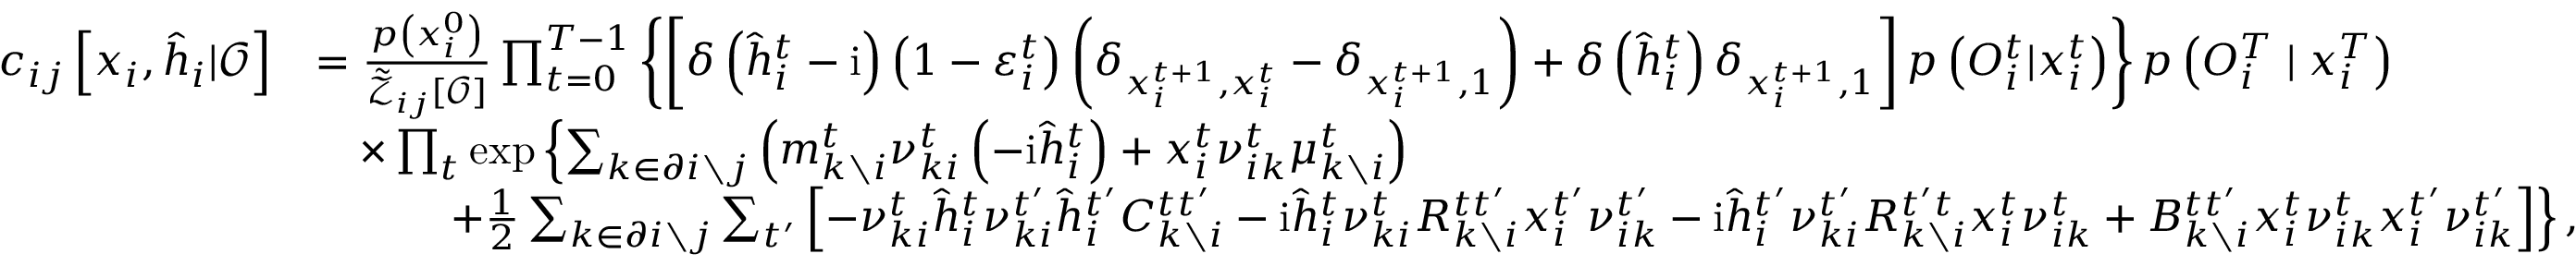
\begin{array} { r l } { c _ { i j } \left[ \boldsymbol { x } _ { i } , \hat { \boldsymbol { h } } _ { i } | \boldsymbol { \mathcal { O } } \right] } & { = \frac { p \left( x _ { i } ^ { 0 } \right) } { \tilde { \mathcal { Z } } _ { i j } [ \boldsymbol { \mathcal { O } } ] } \prod _ { t = 0 } ^ { T - 1 } \left\{ \left[ \delta \left( \hat { h } _ { i } ^ { t } - \mathrm { i } \right) \left( 1 - \varepsilon _ { i } ^ { t } \right) \left( \delta _ { x _ { i } ^ { t + 1 } , x _ { i } ^ { t } } - \delta _ { x _ { i } ^ { t + 1 } , 1 } \right) + \delta \left( \hat { h } _ { i } ^ { t } \right) \delta _ { x _ { i } ^ { t + 1 } , 1 } \right] p \left( { O } _ { i } ^ { t } | x _ { i } ^ { t } \right) \right\} p \left( { O } _ { i } ^ { T } \mid x _ { i } ^ { T } \right) } \\ & { \quad \times \prod _ { t } \exp \left\{ \sum _ { k \in \partial i \setminus j } \left( m _ { k \setminus i } ^ { t } \nu _ { k i } ^ { t } \left( - \mathrm { i } \hat { h } _ { i } ^ { t } \right) + x _ { i } ^ { t } \nu _ { i k } ^ { t } \mu _ { k \setminus i } ^ { t } \right) \right. } \\ & { \quad \qquad \left. + \frac { 1 } { 2 } \sum _ { k \in \partial i \setminus j } \sum _ { t ^ { \prime } } \left[ - \nu _ { k i } ^ { t } \hat { h } _ { i } ^ { t } \nu _ { k i } ^ { t ^ { \prime } } \hat { h } _ { i } ^ { t ^ { \prime } } C _ { k \setminus i } ^ { t t ^ { \prime } } - \mathrm { i } \hat { h } _ { i } ^ { t } \nu _ { k i } ^ { t } R _ { k \setminus i } ^ { t t ^ { \prime } } x _ { i } ^ { t ^ { \prime } } \nu _ { i k } ^ { t ^ { \prime } } - \mathrm { i } \hat { h } _ { i } ^ { t ^ { \prime } } \nu _ { k i } ^ { t ^ { \prime } } R _ { k \setminus i } ^ { t ^ { \prime } t } x _ { i } ^ { t } \nu _ { i k } ^ { t } + B _ { k \setminus i } ^ { t t ^ { \prime } } x _ { i } ^ { t } \nu _ { i k } ^ { t } x _ { i } ^ { t ^ { \prime } } \nu _ { i k } ^ { t ^ { \prime } } \right] \right\} , } \end{array}